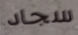
سجاد